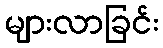
များလာခြင်း